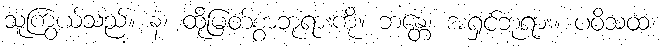
သူကြွယ်သည်။ နံ၊ ထိုမြတ်စွာဘုရားကို။ ဘန္တေ၊ အရှင်ဘုရား။ ပဝိသထ၊